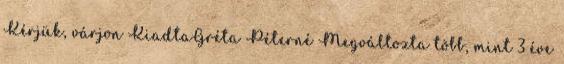
Kérjük, várjon KiadtaGréta Péterné Megváltozta több, mint 3 éve